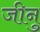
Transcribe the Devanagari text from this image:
जीनु